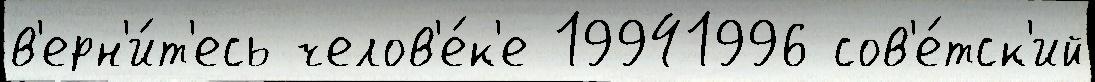
в'ерн'и́т'есь челов'е́к'е 19941996 сов'е́тск'ий